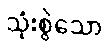
သုံးစွဲသော